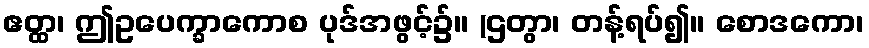
ဧတ္ထ၊ ဤဥပေက္ခာကောစ ပုဒ်အဖွင့်၌။ (ဌတွာ၊ တန့်ရပ်၍။ စောဒကော၊